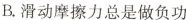
B.滑动摩擦力总是做负功